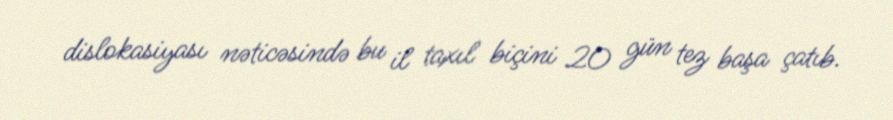
dislokasiyası nəticəsində bu il taxıl biçini 20 gün tez başa çatıb.